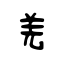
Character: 羌